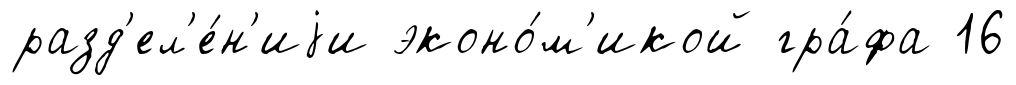
разд'ел'е́н'иjи эконо́м'икой гра́фа 16